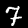
Digit: 7